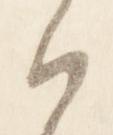
沙